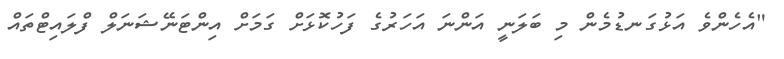
"އެހެންވެ އަޅުގަނޑުމެން މި ބަލަނީ އަންނަ އަހަރުގެ ފަހުކޮޅަށް ގަމަށް އިންޓަނޭޝަނަލް ފްލައިޓްތައް